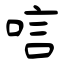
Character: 唁